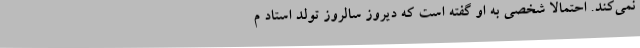
نمی‌کند. احتمالا شخصی به او گفته است که دیروز سالروز تولد استاد م